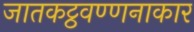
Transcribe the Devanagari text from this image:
जातकट्ठवण्णनाकार